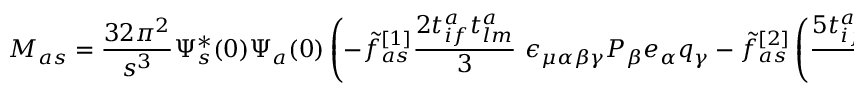
{ \cal M } _ { a s } = \frac { 3 2 \pi ^ { 2 } } { s ^ { 3 } } \Psi _ { s } ^ { * } ( 0 ) \Psi _ { a } ( 0 ) \left( - \tilde { f } _ { a s } ^ { [ 1 ] } \frac { 2 t _ { i f } ^ { a } t _ { l m } ^ { a } } { 3 } ~ \epsilon _ { \mu \alpha \beta \gamma } P _ { \beta } e _ { \alpha } q _ { \gamma } - \tilde { f } _ { a s } ^ { [ 2 ] } \left( \frac { 5 t _ { i f } ^ { a } t _ { l m } ^ { a } } { 6 } - \frac { 2 \delta _ { i f } \delta _ { l m } } { 9 } \right) \epsilon _ { \mu \nu \alpha \beta } q _ { \alpha } e _ { \beta } p _ { \nu } \right) l _ { \mu } ,